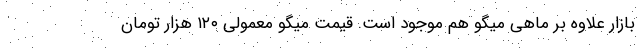
بازار علاوه بر ماهی میگو هم موجود است. قیمت میگو معمولی ۱۲۰ هزار تومان